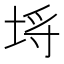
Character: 埓